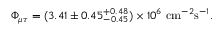
\Phi _ { \mu \tau } = ( 3 . 4 1 \pm 0 . 4 5 _ { - 0 . 4 5 } ^ { + 0 . 4 8 } ) \times 1 0 ^ { 6 } \ \mathrm { c m } ^ { - 2 } \mathrm { s } ^ { - 1 } .